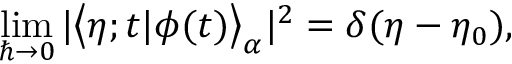
\operatorname * { l i m } _ { \hbar \to 0 } | \bigl < \eta ; t | \phi ( t ) \bigr > _ { \alpha } | ^ { 2 } = \delta ( \eta - \eta _ { 0 } ) ,